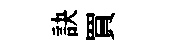
訣買